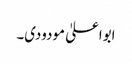
ابواعلیٰ مودودی۔